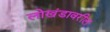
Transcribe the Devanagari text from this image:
लोखंडावरील